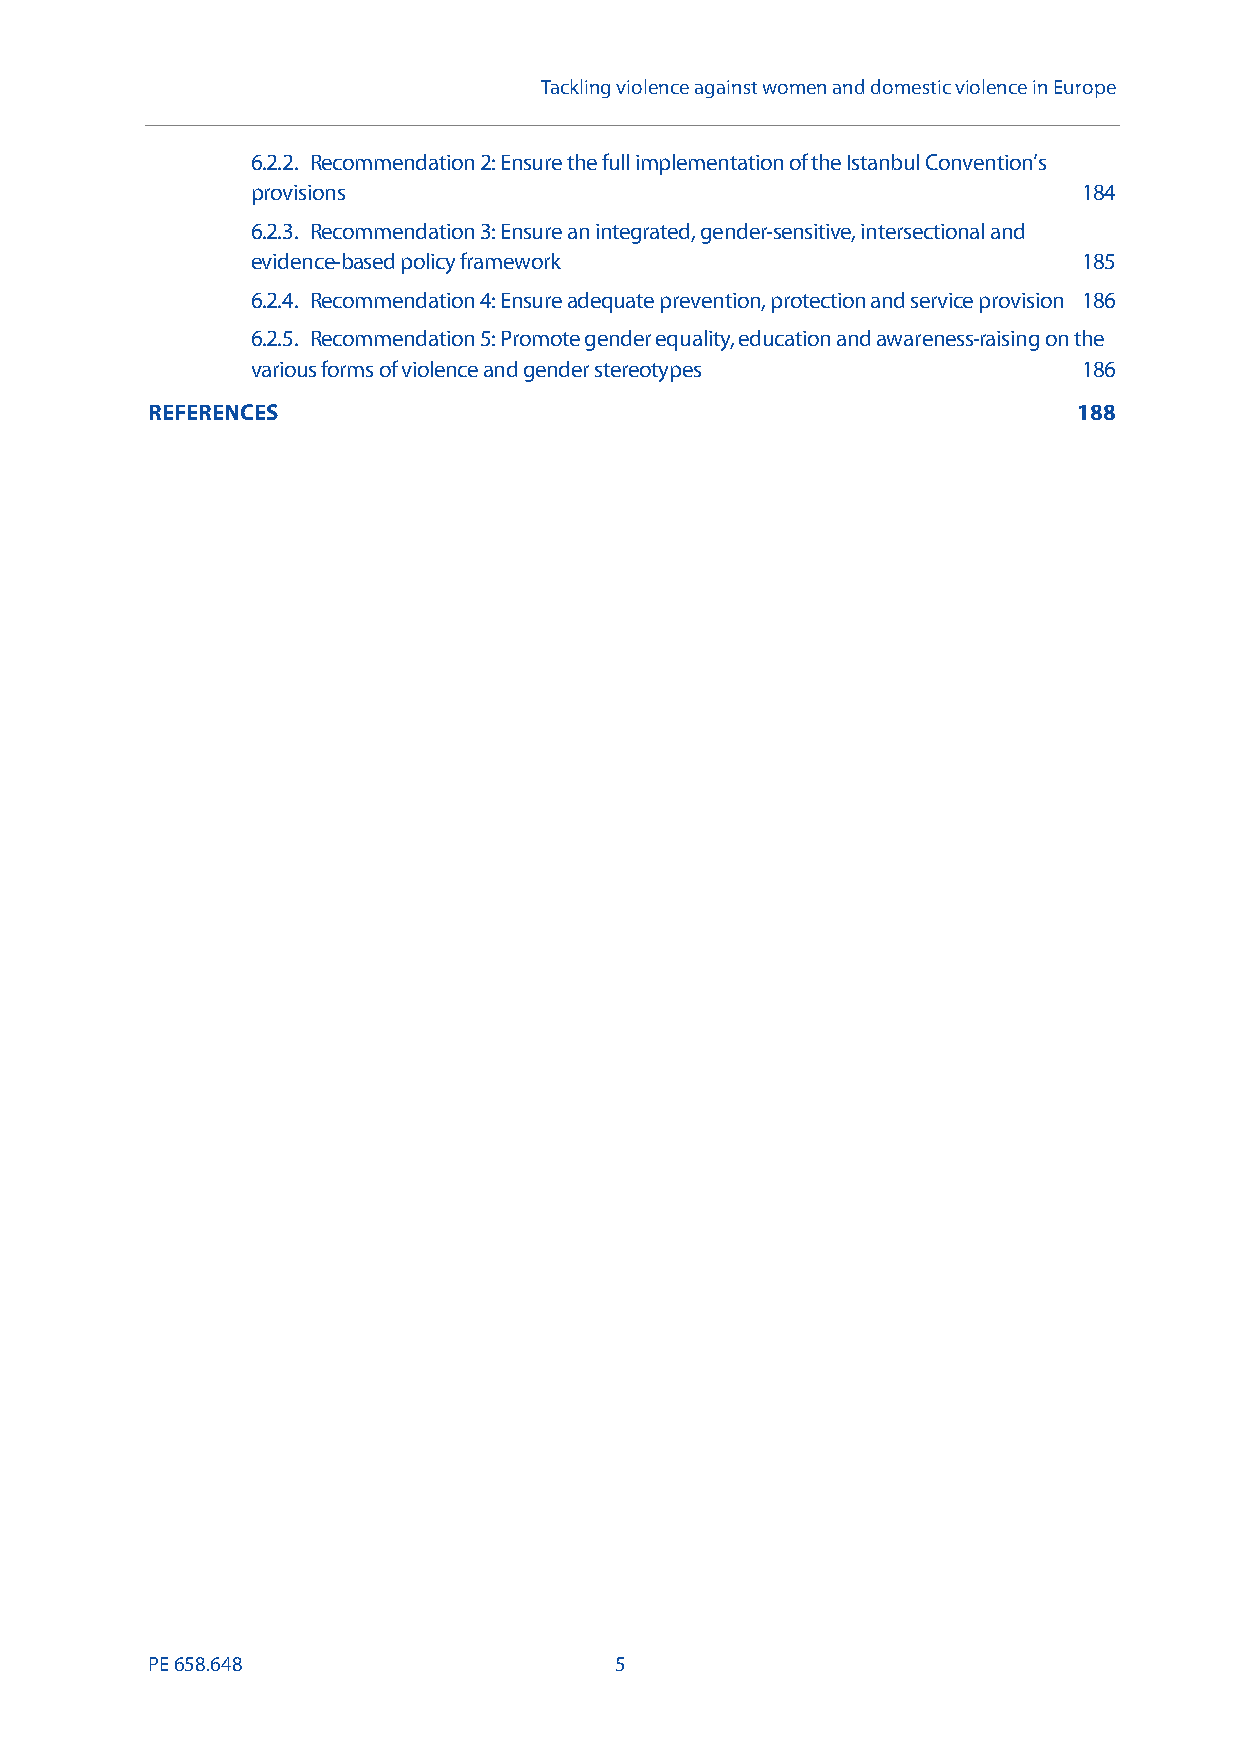
Tackling violence against women and domestic violence in Europe
 6.2.2. Recommendation 2: Ensure the full implementation of the Istanbul Convention’s
 provisions                                             184
 6.2.3. Recommendation 3: Ensure an integrated, gender-sensitive, intersectional and
 evidence-based policy framework                        185
 6.2.4. Recommendation 4: Ensure adequate prevention, protection and service provision 186
 6.2.5. Recommendation 5: Promote gender equality, education and awareness-raising on the
 various forms of violence and gender stereotypes       186
 REFERENCES                                                   188
 PE658.648                      5